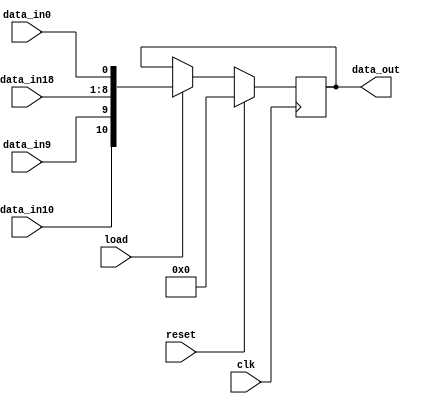
module reg0(
    input clk,
    input reset,
    input data_in0,
    input load,
    input [7:0] data_in18,
    input data_in9,
    input data_in10,
    output reg [10:0] data_out
);

    always@(posedge clk) begin
        if(reset)
            data_out <= 0;
        else if(load)
            data_out = {data_in10, data_in9, data_in18, data_in0};
    end
endmodule